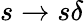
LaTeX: s\to s\delta